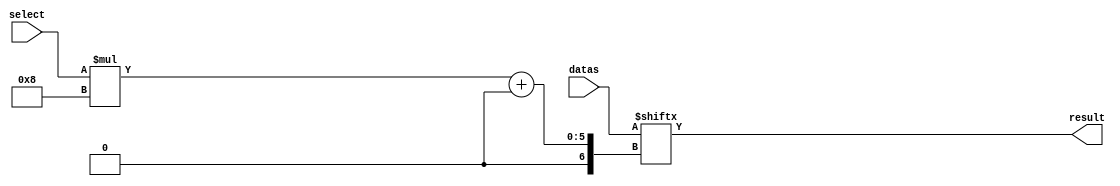
`timescale 10ns / 1ns
//////////////////////////////////////////////////////////////////////////////////
// Company: HUST
//
// Design Name:
// Module Name: mux
// Project Name:
// Target Devices:
// Tool Versions:
// Description:
//
// Dependencies:
//
// Revision:
// Revision 0.01 - File Created
// Additional Comments:
//
//////////////////////////////////////////////////////////////////////////////////

// @brief paramerized multiplexer implementation
// usage:
//     Mux #(.DATA_WITDH(<width>), .SELECT_WIDTH(<width2>)) \
//     <name> (.datas({<data_highest>, ..., <data_lowest>}), .select(<select>), .result(<output-wire>))
module Mux #(
        parameter DATA_WIDTH = 8,
        parameter SELECT_WIDTH = 1
    )(
        input wire [DATA_WIDTH * (1 << SELECT_WIDTH) - 1: 0] datas,
        input wire [SELECT_WIDTH - 1: 0] select,
        output wire [DATA_WIDTH - 1: 0] result
    );
    assign result = datas[select * DATA_WIDTH +: DATA_WIDTH];
endmodule